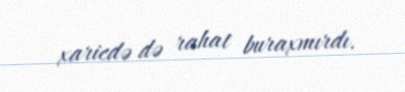
xaricdə də rahat buraxmırdı.